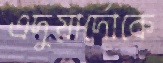
এদুয়ার্দোকে